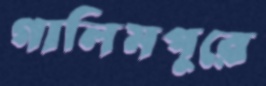
গালিমপুরে